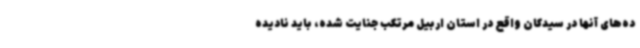
ده‌های آنها در سیدکان واقع در استان اربیل مرتکب جنایت شده، باید نادیده